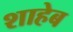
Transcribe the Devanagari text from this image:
शाहेब